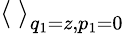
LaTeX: \left<\ \right>_{q_{1}=z,p_{1}=0}